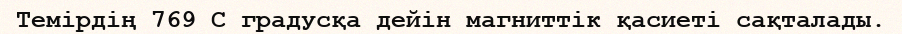
Темірдің 769 С градусқа дейін магниттік қасиеті сақталады.